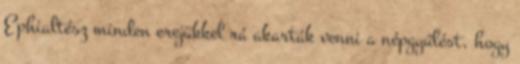
Ephialtész minden erejükkel rá akarták venni a népgyűlést, hogy